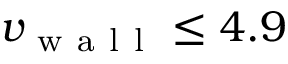
v _ { \mathrm { ~ w ~ a ~ l ~ l ~ } } \leq 4 . 9